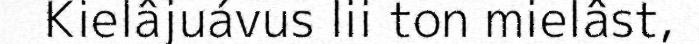
Kielâjuávus lii ton mielâst,